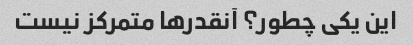
این یکی چطور؟ آنقدرها متمرکز نیست